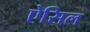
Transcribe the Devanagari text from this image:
ऐसिल